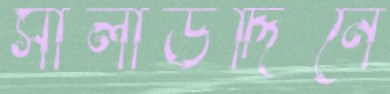
সালাউদ্দিনে